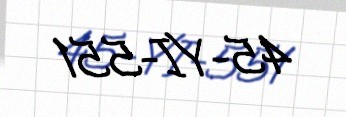
45-YI-551